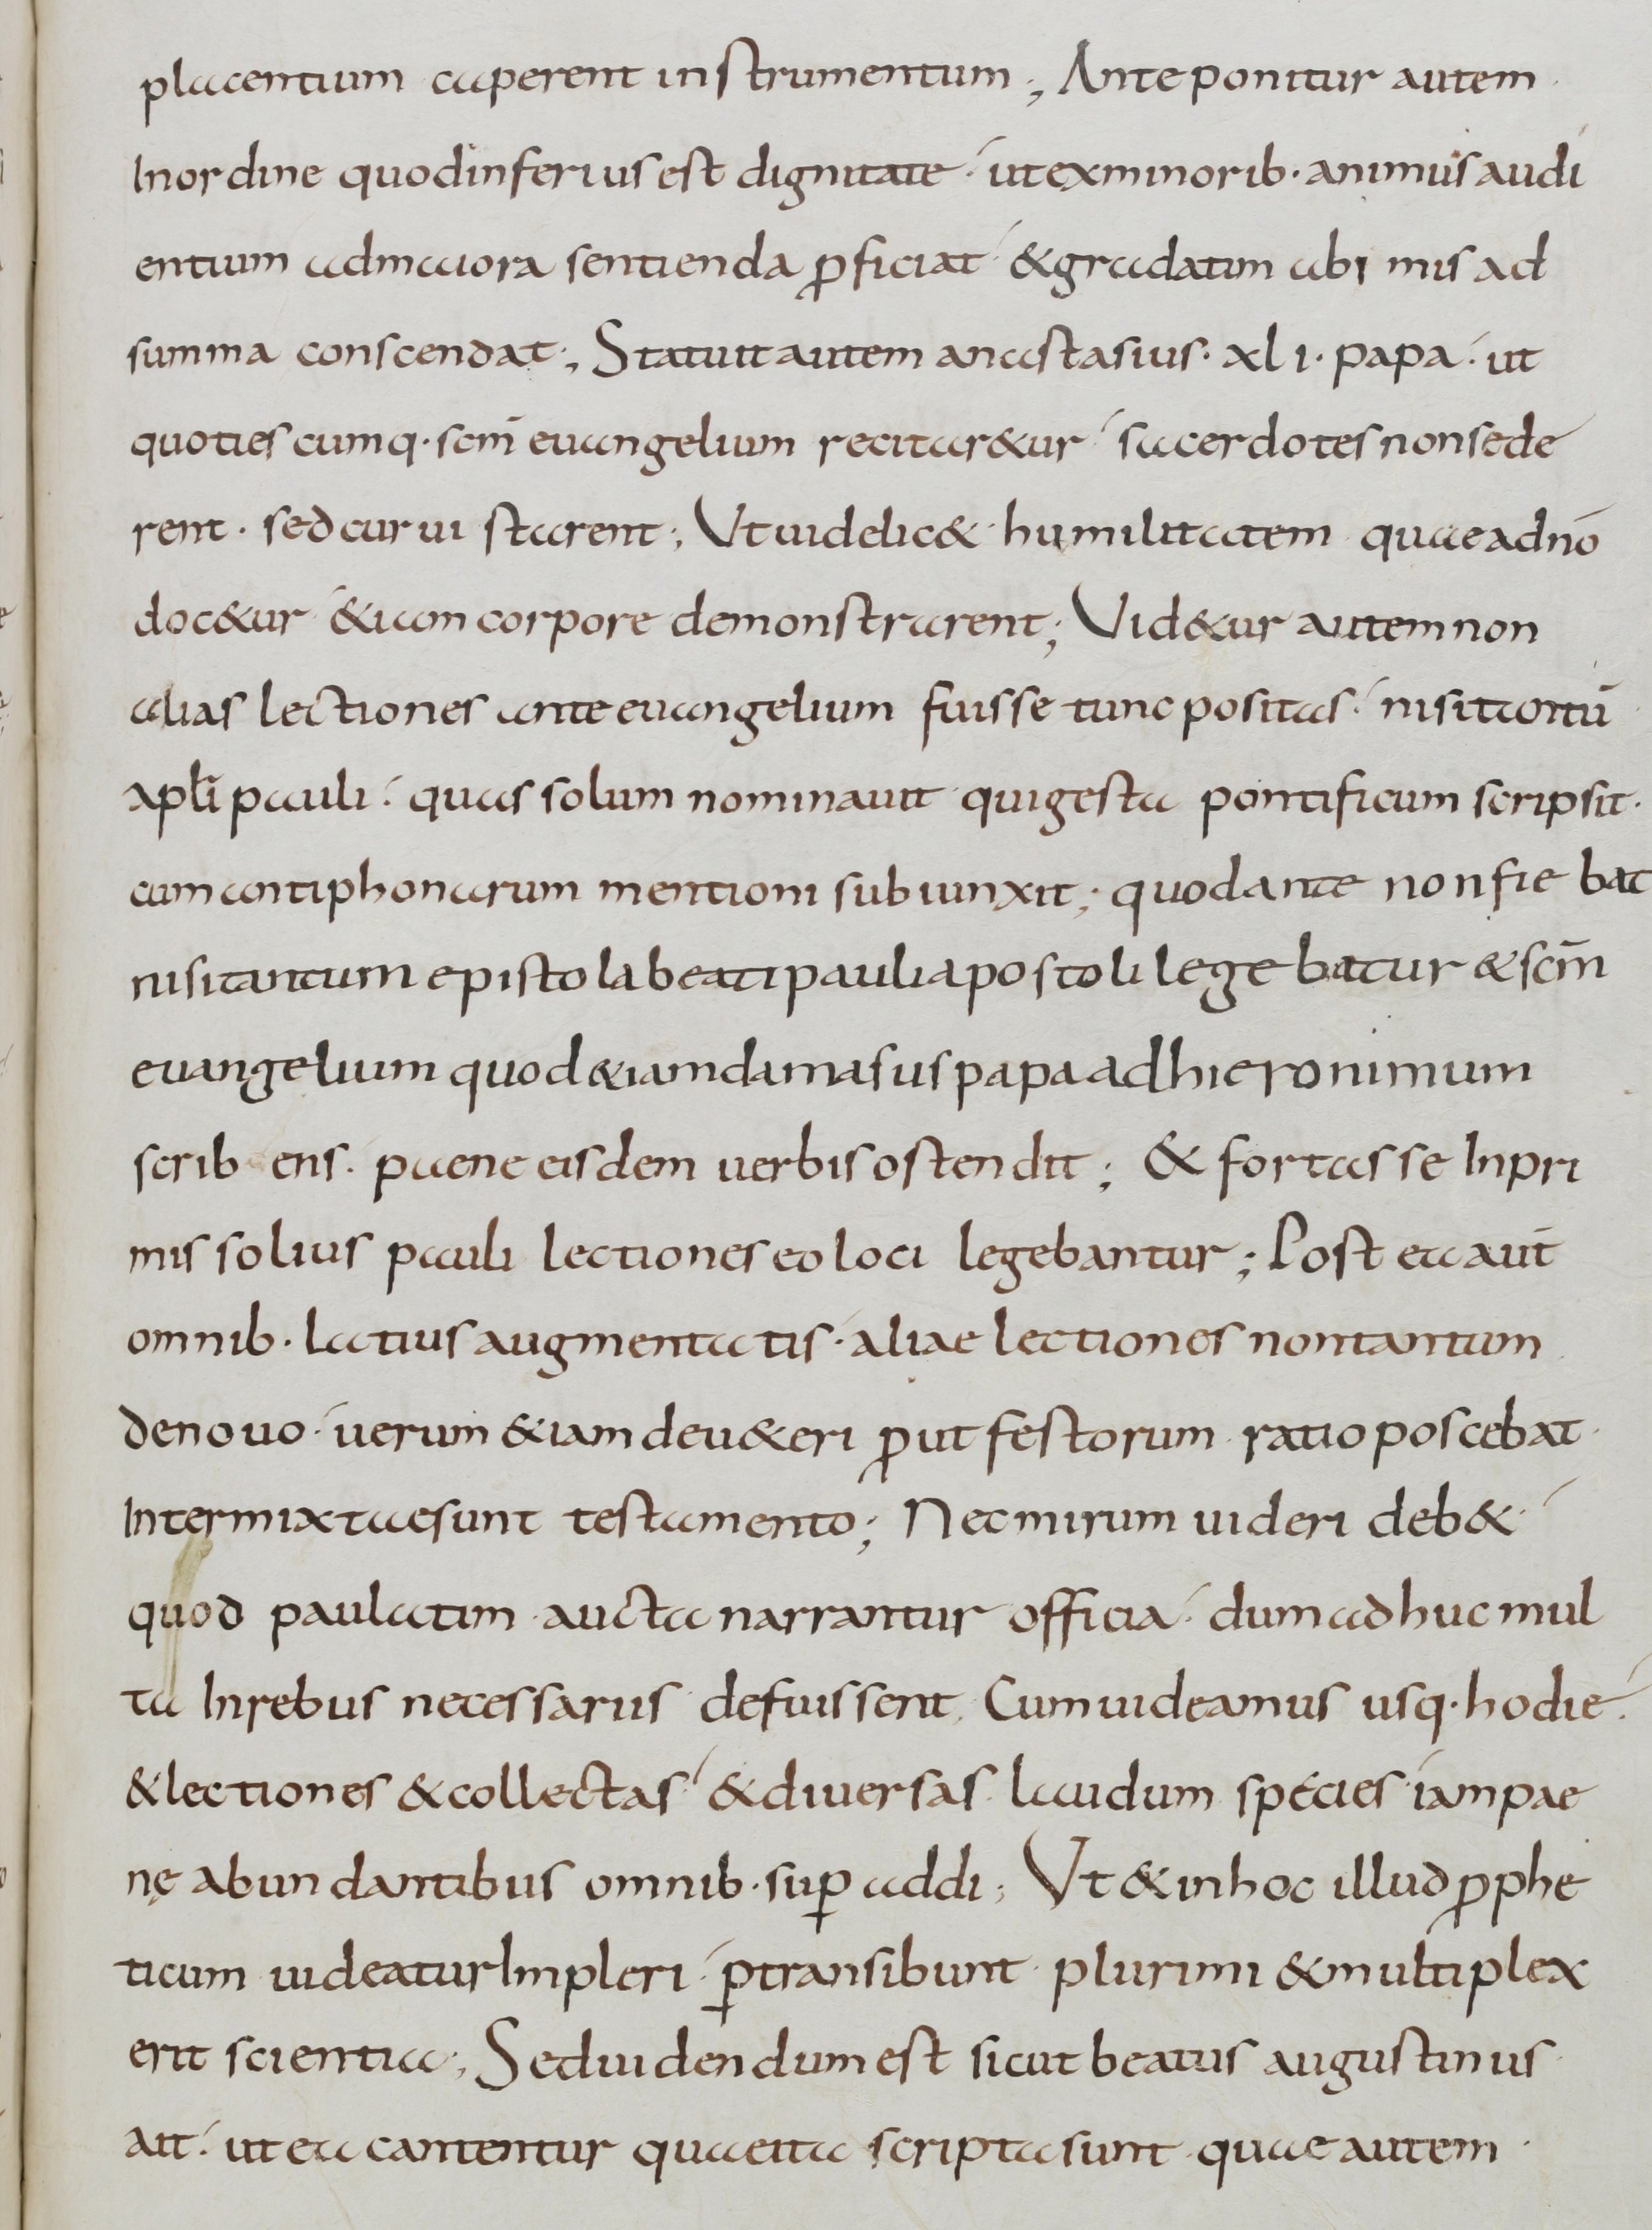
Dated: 900–999